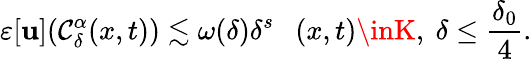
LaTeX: \varepsilon[\mathbf{u}](\mathcal{{C}}_{\delta}^{\alpha}(x,t))\lesssim\omega(\delta)\delta^{s}\ \ \ (x,t)\inK,\ \delta\leq\frac{{\delta_{0}}}{{4}}.